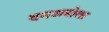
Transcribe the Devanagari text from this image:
दनअबोला